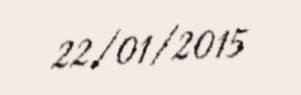
22/01/2015